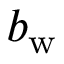
b _ { \mathrm { w } }